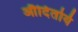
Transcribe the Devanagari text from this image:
औदितोर्य